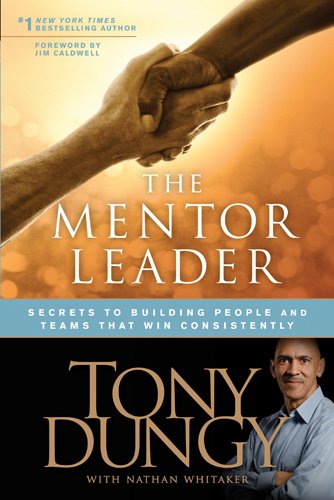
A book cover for The Mentor Leader: Secrets to Building People and Teams That Win Consistently; Tony Dungy; Christian Books & Bibles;